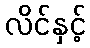
လိင်နှင့်